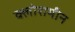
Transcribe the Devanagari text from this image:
क्लोरामीन